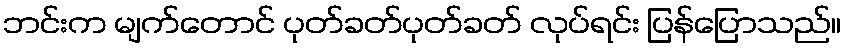
ဘင်းက မျက်တောင် ပုတ်ခတ်ပုတ်ခတ် လုပ်ရင်း ပြန်ပြောသည်။